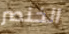
الخنصر